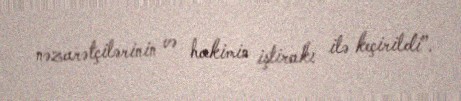
nəzarətçilərinin və hakimin iştirakı ilə keçirildi”.